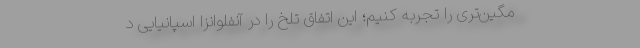
مگین‌تری را تجربه کنیم؛ این اتفاق تلخ را در آنفلوانزا اسپانیایی د